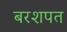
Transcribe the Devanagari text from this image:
बरशपत